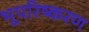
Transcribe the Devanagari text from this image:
भूपरिष्करण